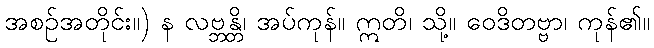
အစဉ်အတိုင်း။) န လဗ္ဘန္တိ၊ အပ်ကုန်။ ဣတိ၊ သို့။ ဝေဒိတဗ္ဗာ၊ ကုန်၏။